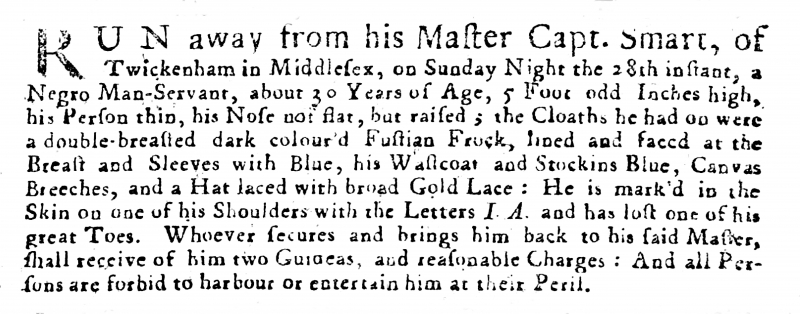
Post Boy (1695), 30 April 1723 (England)
RUN away from his Master Capt. Smart, of Twickenham in Middlesex, on Sunday Night the 28th instant, a Negro Man-Servant, about 30 Years of Age, 5 Foot odd Inches High, his Person thin, his Nose not flat, but raised; the Cloaths he had on were a double-breasted dark colour’d Fustian Frock, lined and faced at the Breast and Sleeves with Blue, his Wastcoat and Stockins Blue, Canvas Breeches, and a Hat laced with broad Gold Lace: He is mark’d in the Skin on one of his Shoulders with the Letters I.A. and has lost one of his great Toes. Whoever secures and brings him back to his said Master, shall receive of him two Guineas, and reasonable Charges: And all Persons are forbid to harbour or entertain him at their Peril.